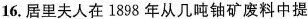
16.居里夫人在1898年从几吨铀矿废料中提